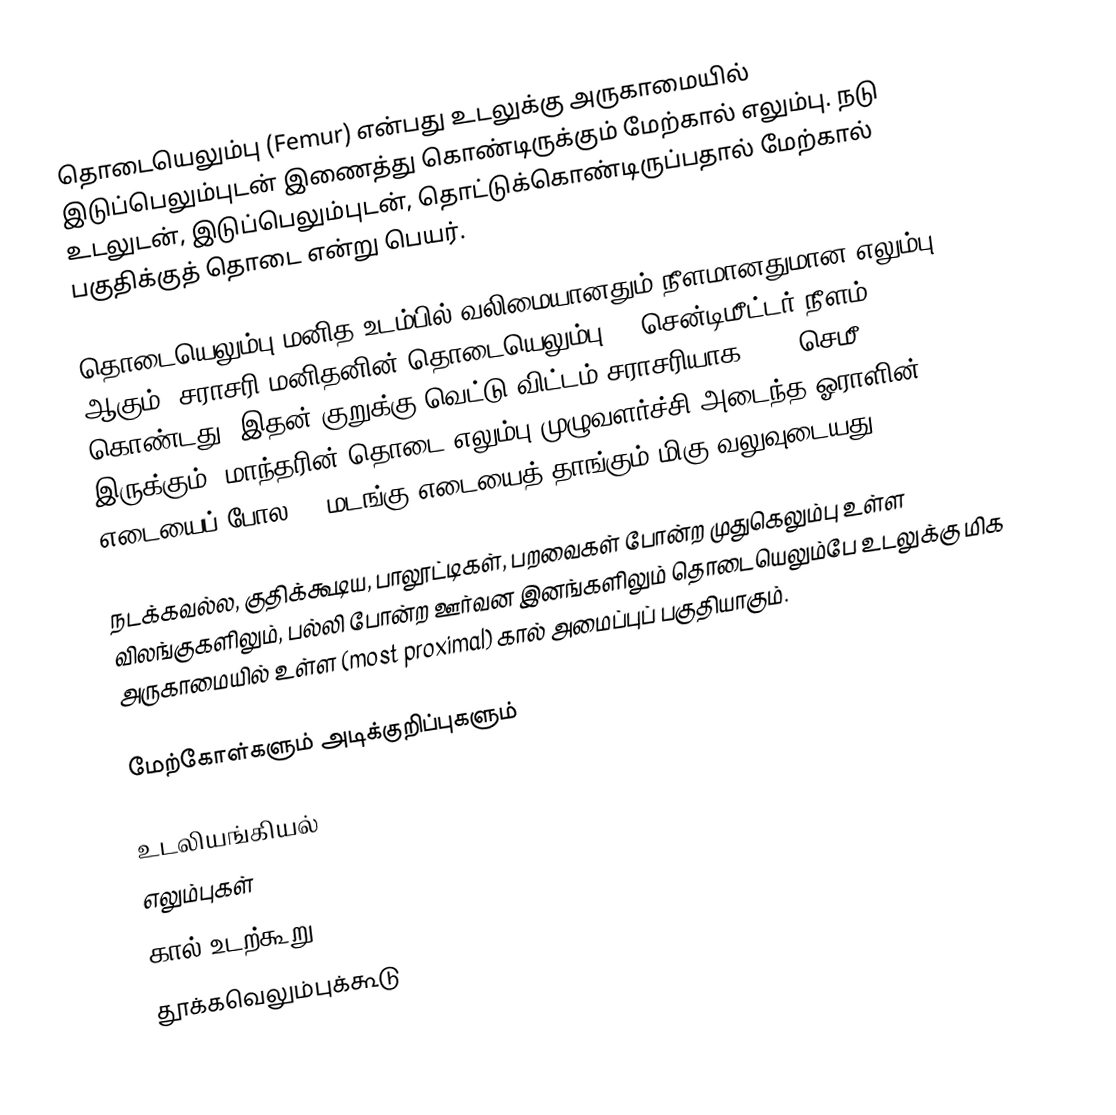
தொடையெலும்பு (Femur) என்பது  உடலுக்கு அருகாமையில் இடுப்பெலும்புடன் இணைத்து கொண்டிருக்கும் மேற்கால் எலும்பு. நடு உடலுடன், இடுப்பெலும்புடன், தொட்டுக்கொண்டிருப்பதால் மேற்கால் பகுதிக்குத் தொடை என்று பெயர்.

தொடையெலும்பு மனித உடம்பில் வலிமையானதும் நீளமானதுமான எலும்பு ஆகும். சராசரி மனிதனின் தொடையெலும்பு 48 சென்டிமீட்டர் நீளம் கொண்டது. இதன் குறுக்கு வெட்டு விட்டம் சராசரியாக 2.34 செமீ (0.92 in) இருக்கும். மாந்தரின் தொடை எலும்பு முழுவளர்ச்சி அடைந்த ஓராளின் எடையைப் போல 30 மடங்கு எடையைத் தாங்கும் மிகு வலுவுடையது.

நடக்கவல்ல, குதிக்கூடிய, பாலூட்டிகள், பறவைகள் போன்ற முதுகெலும்பு உள்ள விலங்குகளிலும், பல்லி போன்ற ஊர்வன இனங்களிலும் தொடையெலும்பே உடலுக்கு மிக அருகாமையில் உள்ள (most proximal) கால் அமைப்புப் பகுதியாகும்.

மேற்கோள்களும் அடிக்குறிப்புகளும்

உடலியங்கியல்
எலும்புகள்
கால் உடற்கூறு
தூக்கவெலும்புக்கூடு